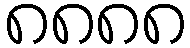
၈၈၈၈